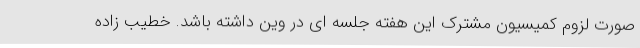
صورت لزوم کمیسیون مشترک این هفته جلسه ای در وین داشته باشد. خطیب زاده